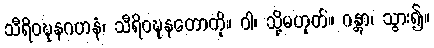
သီရိဝဍ္ဎနဂဟနံ၊ သီရိဝဍ္ဎနတောကို။ ဝါ၊ သို့မဟုတ်။ ဂန္တွာ၊ သွား၍။